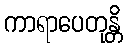
ကာရာပေတုန္တိ